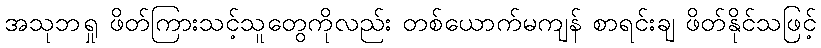
အသုဘရှု ဖိတ်ကြားသင့်သူတွေကိုလည်း တစ်ယောက်မကျန် စာရင်းချ ဖိတ်နိုင်သဖြင့်